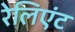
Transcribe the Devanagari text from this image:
रेलिएंट